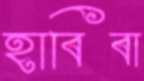
হাবিবা